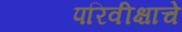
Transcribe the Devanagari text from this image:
परिवीक्षाचे